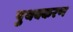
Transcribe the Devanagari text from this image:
पुथक्करण